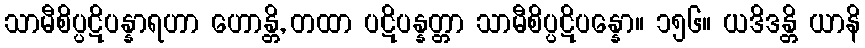
သာမီစိပ္ပဋိပန္နာရဟာ ဟောန္တိ, တထာ ပဋိပန္နတ္တာ သာမီစိပ္ပဋိပန္နော။ ၁၅၆။ ယဒိဒန္တိ ယာနိ